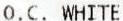
O.C. WHITE